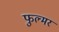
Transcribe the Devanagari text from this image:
फुल्मर